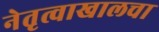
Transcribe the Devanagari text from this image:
नेतृत्वाखालचा